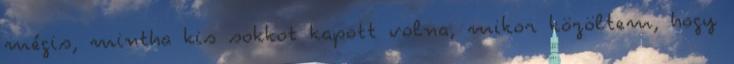
mégis, mintha kis sokkot kapott volna, mikor közöltem, hogy